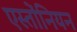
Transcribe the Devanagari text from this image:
एस्तोंनियन